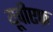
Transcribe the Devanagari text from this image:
यूवीएफ़